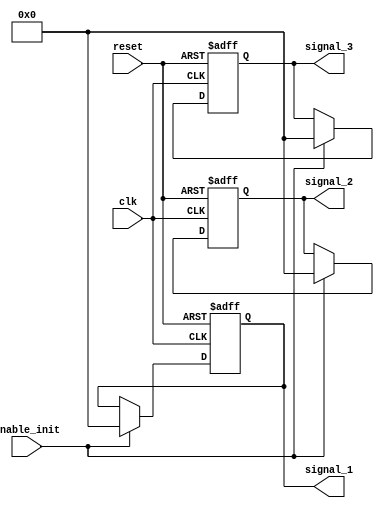
module ConfigurableInitialConditions #(
    parameter WIDTH = 8,                 // Width of the signals
    parameter INITIAL_VALUE_1 = 8'h00,   // Default initial value for signal 1
    parameter INITIAL_VALUE_2 = 8'h00,   // Default initial value for signal 2
    parameter INITIAL_VALUE_3 = 8'h00    // Default initial value for signal 3
)(
    input wire clk,                      // Clock signal
    input wire reset,                    // Reset signal
    input wire enable_init,              // Enable initialization
    output reg [WIDTH-1:0] signal_1,    // Output signal 1
    output reg [WIDTH-1:0] signal_2,    // Output signal 2
    output reg [WIDTH-1:0] signal_3     // Output signal 3
);

    // Initial conditions set in the initial block
    initial begin
        signal_1 = INITIAL_VALUE_1;
        signal_2 = INITIAL_VALUE_2;
        signal_3 = INITIAL_VALUE_3;
    end

    // Reset functionality
    always @(posedge clk or posedge reset) begin
        if (reset) begin
            signal_1 <= INITIAL_VALUE_1;
            signal_2 <= INITIAL_VALUE_2;
            signal_3 <= INITIAL_VALUE_3;
        end else if (enable_init) begin
            // Conditional initialization based on enable_init signal
            signal_1 <= INITIAL_VALUE_1;
            signal_2 <= INITIAL_VALUE_2;
            signal_3 <= INITIAL_VALUE_3;
        end
    end

endmodule